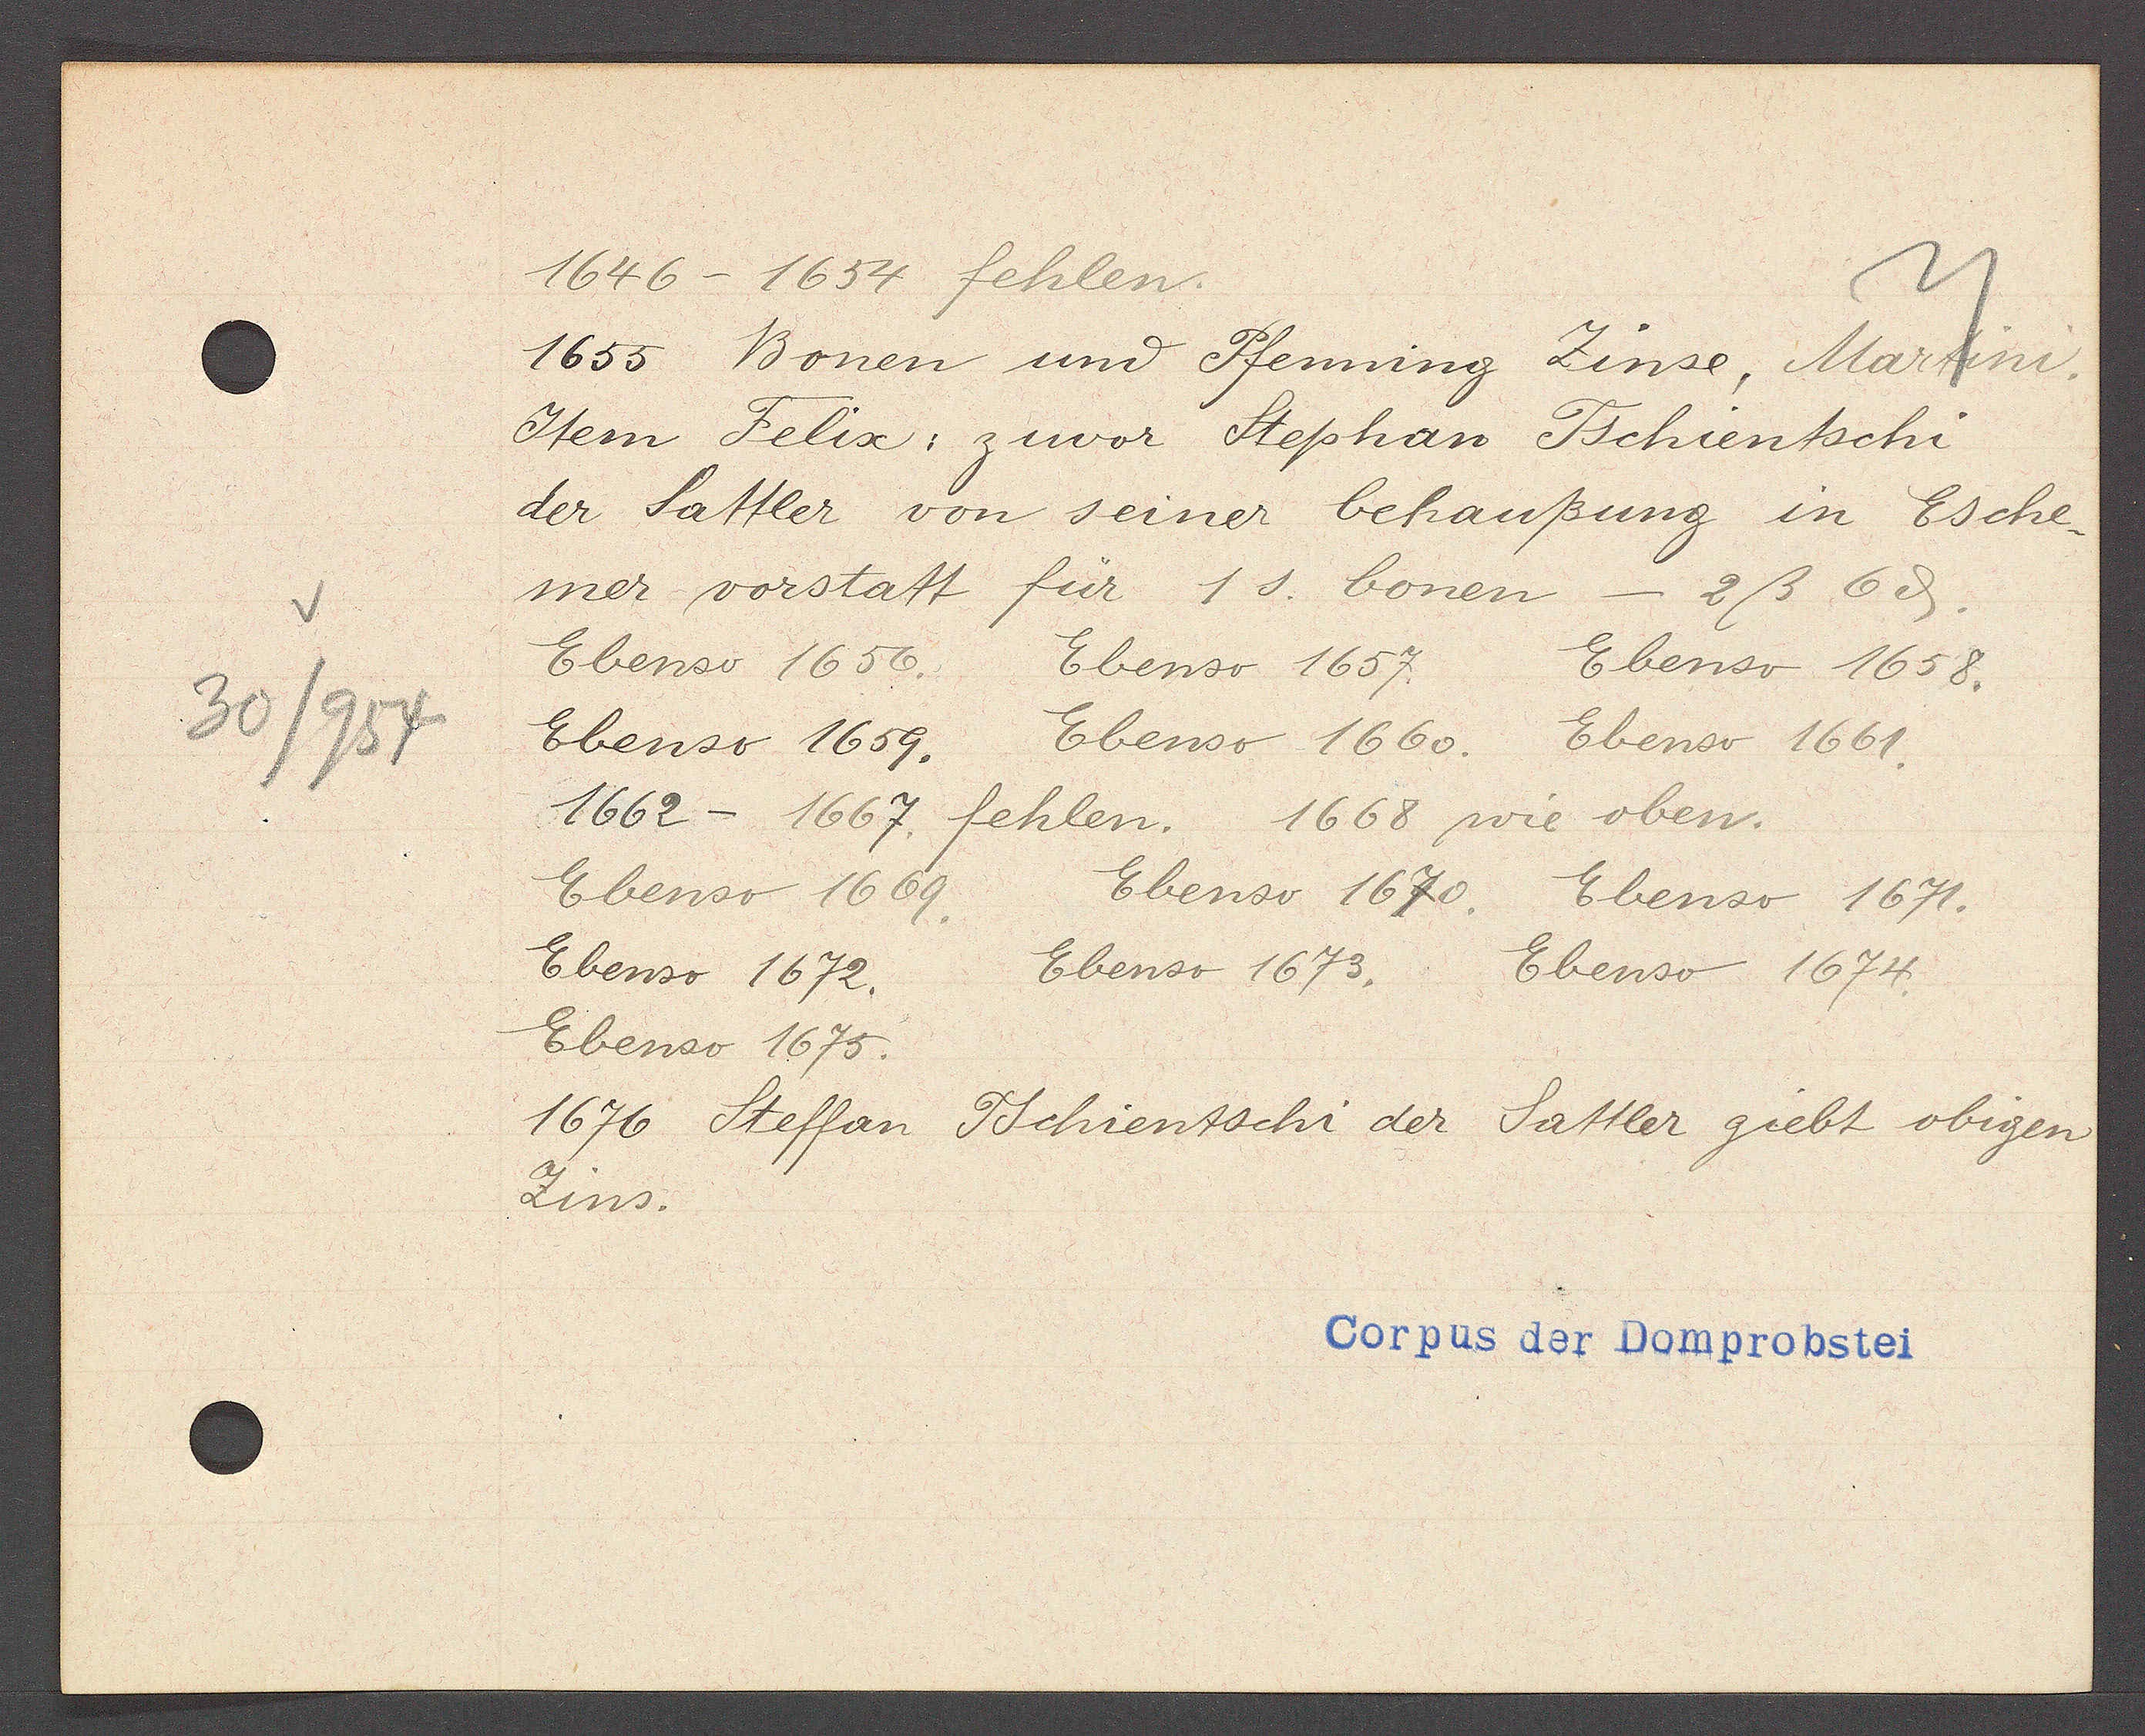
Transcript:
30/954

1646-1654 fehlen.

1655 Bonen und Pfenning Zinse, Martini.
Item Felix: zuvor Stephan Tschientschi
der Sattler von seiner behaußung in Esche-
mer vorstatt für 1 s. bonen - 2ß 6ȡ.
Ebenso 1656. Ebenso 1657.
Ebenso 1658.
Ebenso 1659.
Ebenso 1660. Ebenso 1661.
1662- 1667 fehlen. 1668 wie oben.
Ebenso 1670. Ebenso 1671.
Ebenso 1669.
Ebenso 1672.
Ebenso 1673.
Ebenso 1674
Ebenso 1675.
1676 Steffan Tschientschi der Sattler giebt obigen
Zins.

Corpus der Domprobstei